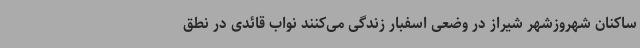
ساکنان شهروزشهر شیراز در وضعی اسفبار زندگی می‌کنند نواب قائدی در نطق